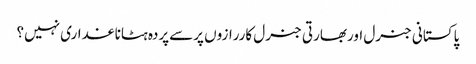
پاکستانی جنرل اوربھارتی جنرل کاررازوں پرسےپردہ ہٹاناغداری نہیں؟